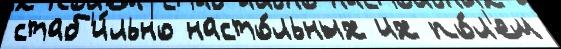
стаб'и́льно насто́льных их по́л'ем